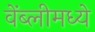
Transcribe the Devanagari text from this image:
वेंब्लीमध्ये